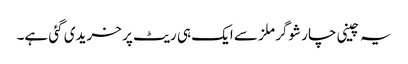
یہ چینی چار شوگر ملز سے ایک ہی ریٹ پر خریدی گئی ہے۔